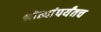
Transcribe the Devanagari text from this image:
श्रोत्यांपर्यंतच